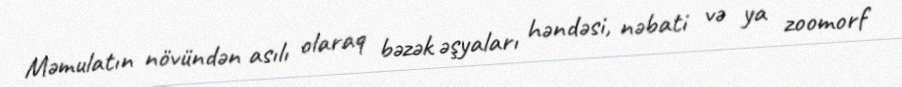
Məmulatın növündən asılı olaraq bəzək əşyaları həndəsi, nəbati və ya zoomorf